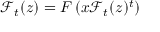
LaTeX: { \mathcal { F } } _ { t } ( z ) = F \left( x { \mathcal { F } } _ { t } ( z ) ^ { t } \right)